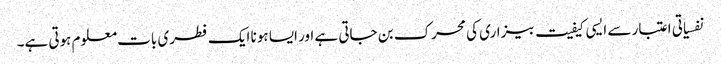
نفسیاتی اعتبار سے ایسی کیفیت بیزاری کی محرک بن جاتی ہے اور ایسا ہونا ایک فطری بات معلوم ہوتی ہے۔